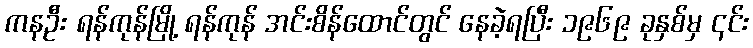
ကနဦး ရန်ကုန်မြို့ ရန်ကုန် အင်းစိန်ထောင်တွင် နေခဲ့ရပြီး ၁၉၆၉ ခုနှစ်မှ ၎င်း